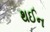
થઈન